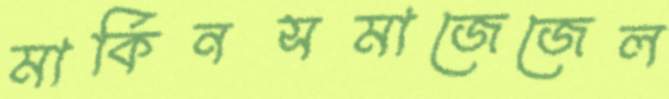
মার্কিনসমাজেজেল